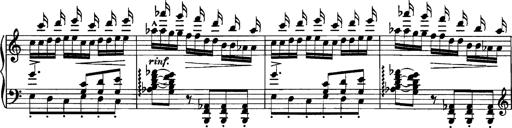
Title: Grandes Etudes
Composer: Franz Liszt